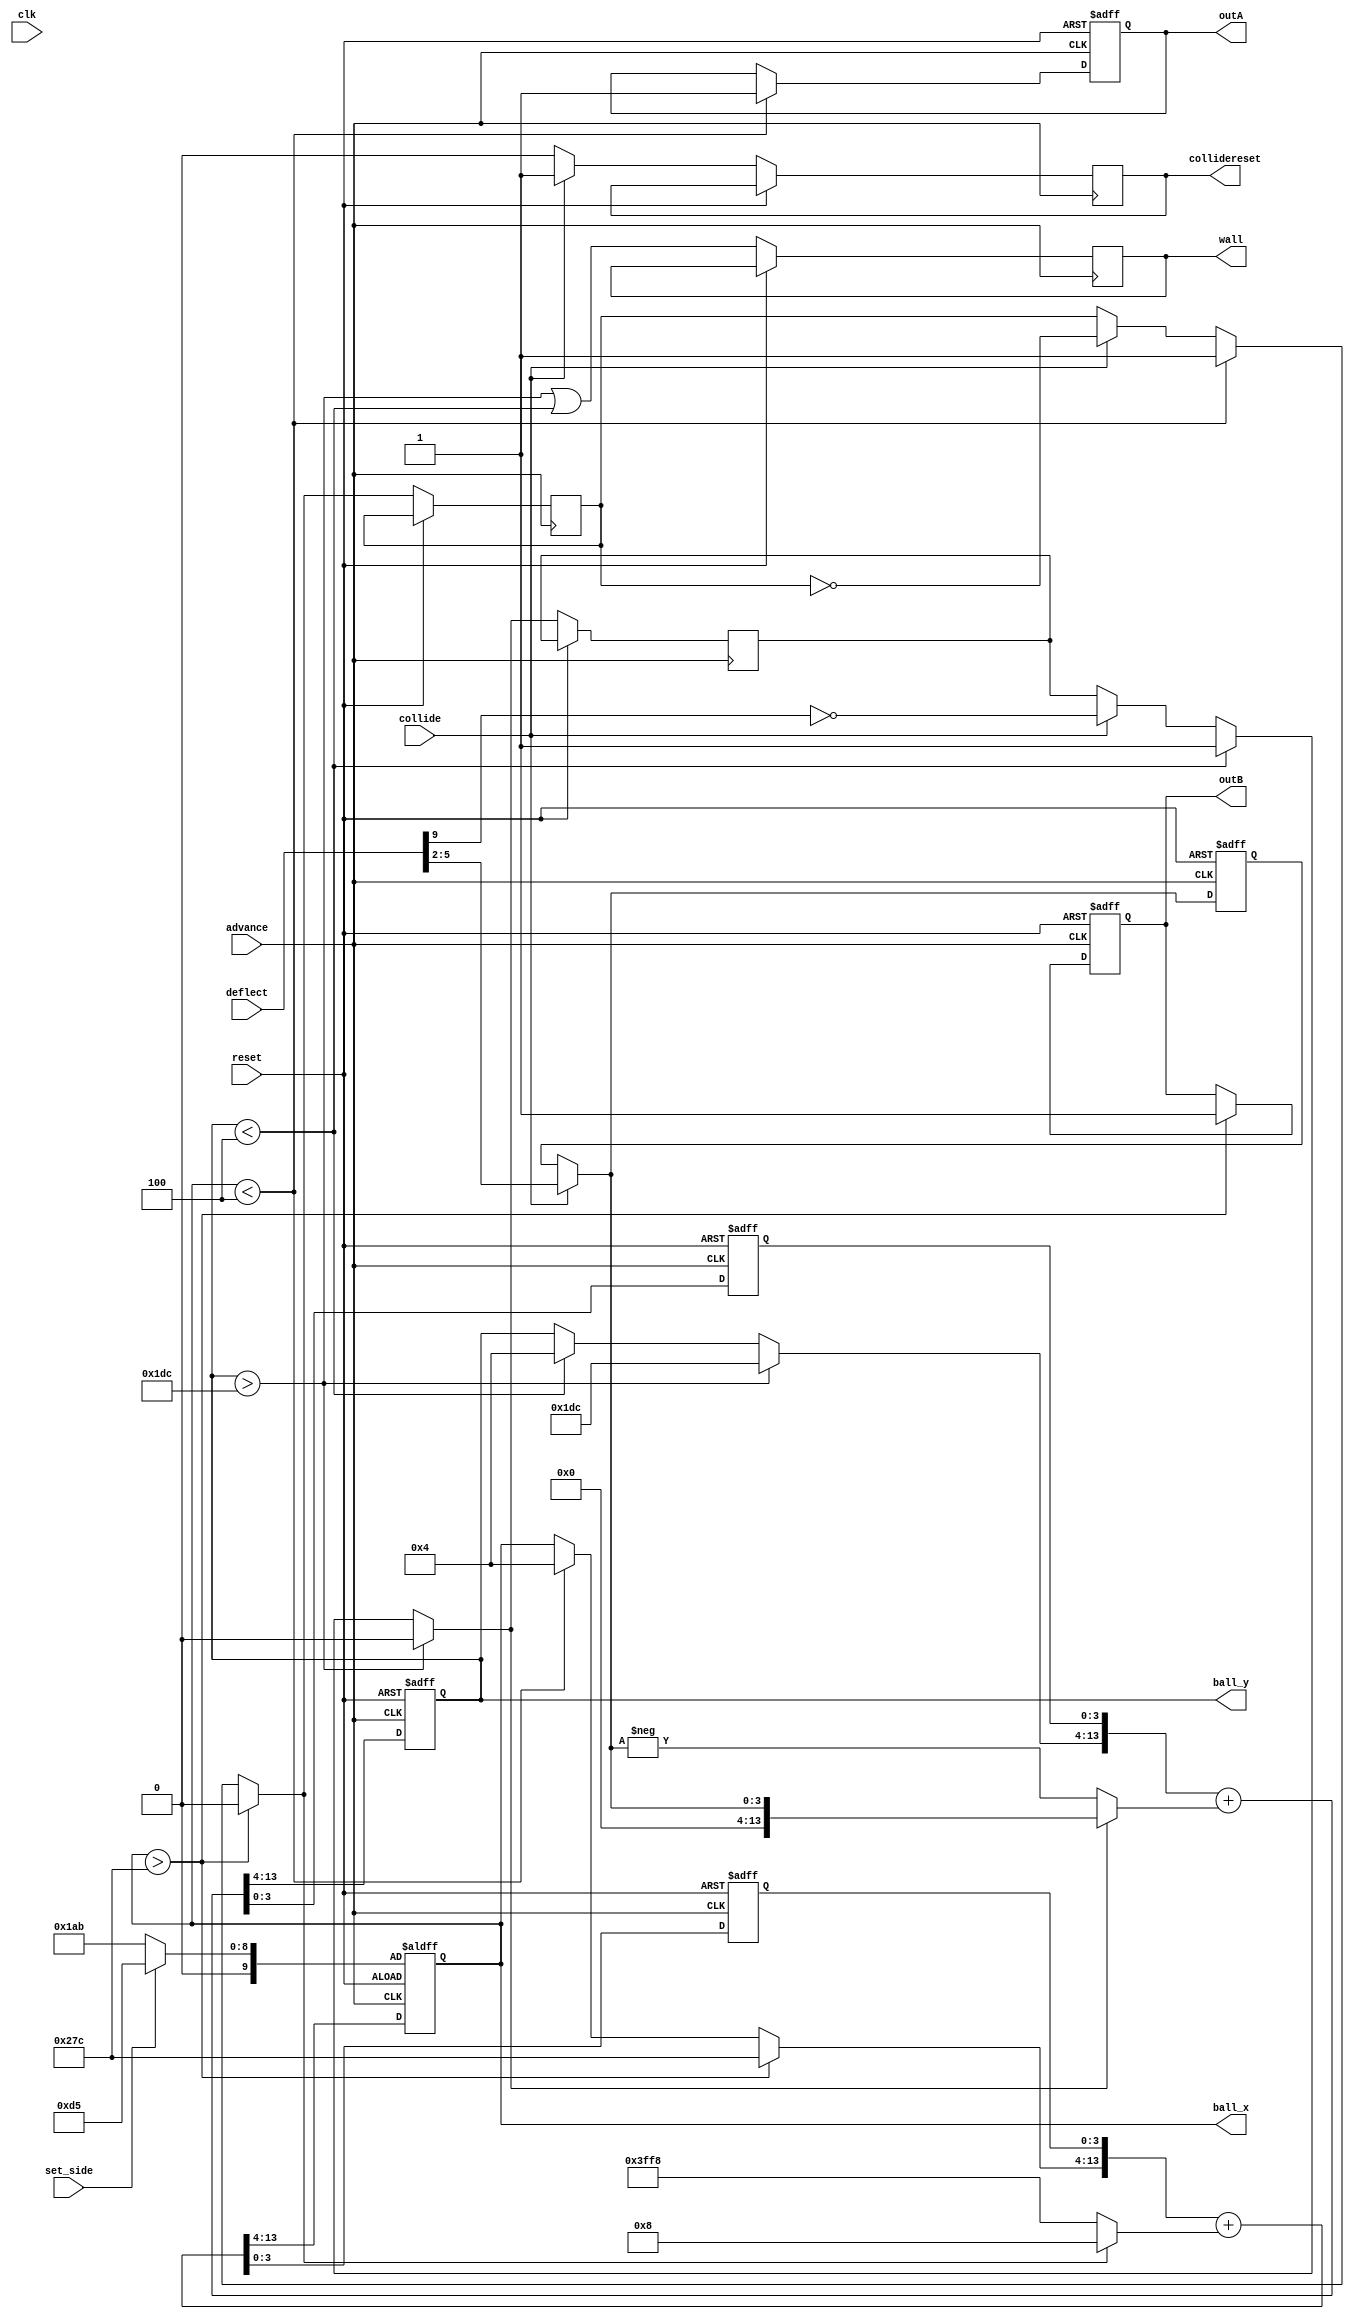
module ballmover(clk, reset, advance, ball_x, ball_y, collide, collidereset, deflect, set_side, outA, outB, wall);
	parameter SCREENWIDTH = 640;
	parameter SCREENHEIGHT = 480;
	parameter BALLSIZE = 8;
	
	input clk;
	input reset;
	input advance;
	output reg [9:0] ball_x;
	output reg [9:0] ball_y;
	input collide;
	output reg collidereset;
	input [9:0] deflect;
	input set_side;
	output reg outA, outB, wall;

	reg sgnX;
	reg sgnY;
	parameter speedX = 4'd8;
	reg [3:0] speedY = 8;
	
	reg [3:0] lsb_x;
	reg [3:0] lsb_y;
	
	wire[3:0] woot;
	assign woot[1:0] = {(ball_x < BALLSIZE/2), (ball_x > SCREENWIDTH - BALLSIZE/2)};
	assign woot[3:2] = {(ball_y < BALLSIZE/2), (ball_y > SCREENHEIGHT - BALLSIZE/2)};
	
	always @(posedge advance or posedge reset) begin
		if (reset) begin 
			//if (outA) {ball_x,lsb_x} = {SCREENWIDTH/3, 4'b0};
			//else if (outB) {ball_x, lsb_x} = {(SCREENWIDTH-SCREENWIDTH/3), 4'b0};
			//else {ball_x, lsb_x} = {SCREENWIDTH/2, 4'b0};
			{ball_x, lsb_x} = {(set_side ? (SCREENWIDTH/3) : (SCREENWIDTH-SCREENWIDTH/3)), 4'b0};
			{ball_y, lsb_y} = SCREENHEIGHT/2 * 16;
			speedY = 1;
			outA = 0;
			outB = 0;
		end 
		else begin 
			if (collide) begin
				sgnX = !sgnX;
				sgnY = ~deflect[9];
				speedY = deflect[5:2];
				collidereset = 1;
			end 
				else collidereset = 0;
			
			if (woot[1]) begin ball_x = BALLSIZE/2; sgnX = 1; outA = 1; end
			if (woot[0]) begin ball_x = 640-BALLSIZE/2; sgnX = 0; outB = 1; end
			if (woot[3]) begin ball_y = BALLSIZE/2; sgnY = 1; end
			if (woot[2]) begin ball_y = 480-BALLSIZE/2; sgnY = 0; end
			
			{ball_x,lsb_x} = {ball_x,lsb_x} + (sgnX ? speedX : -speedX);					
			{ball_y,lsb_y} = {ball_y,lsb_y} + (sgnY ? speedY : -speedY);
			wall <= woot[2] | woot[3];
			//outA <= woot[1];
			//outB <= woot[0];
		end
	end
endmodule